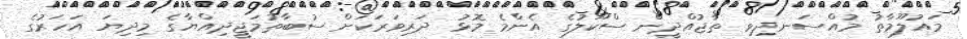
މައުލޫމާތު މުއްސަނދިވި ތާޖުއްދީން ސްކޫލުގެ އެންމެ މޮޅު ދަރިވަރަކަށް ސުބާތުމަޖީދިއްޔާގެ މިދިޔަ އަހަރުގެ